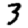
Digit: 3